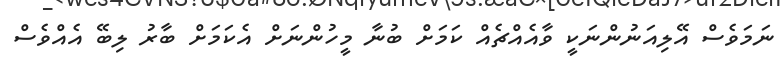
ނަމަވެސް އޭލިއަނުންނަކީ ވާއެއްޗެއް ކަމަށް ބުނާ މީހުންނަށް އެކަމަށް ބާރު ލިބޭ އެއްވެސް